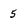
Character: 5